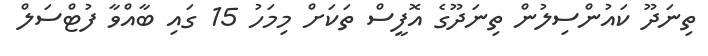
ތިނަދޫ ކައުންސިލުން ތިނަދޫގެ އޮފީސް ތަކަށް މިމަހު 15 ގައި ބާއްވާ ފުޓްސަލް